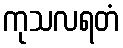
ကုသလရတံ